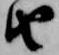
由